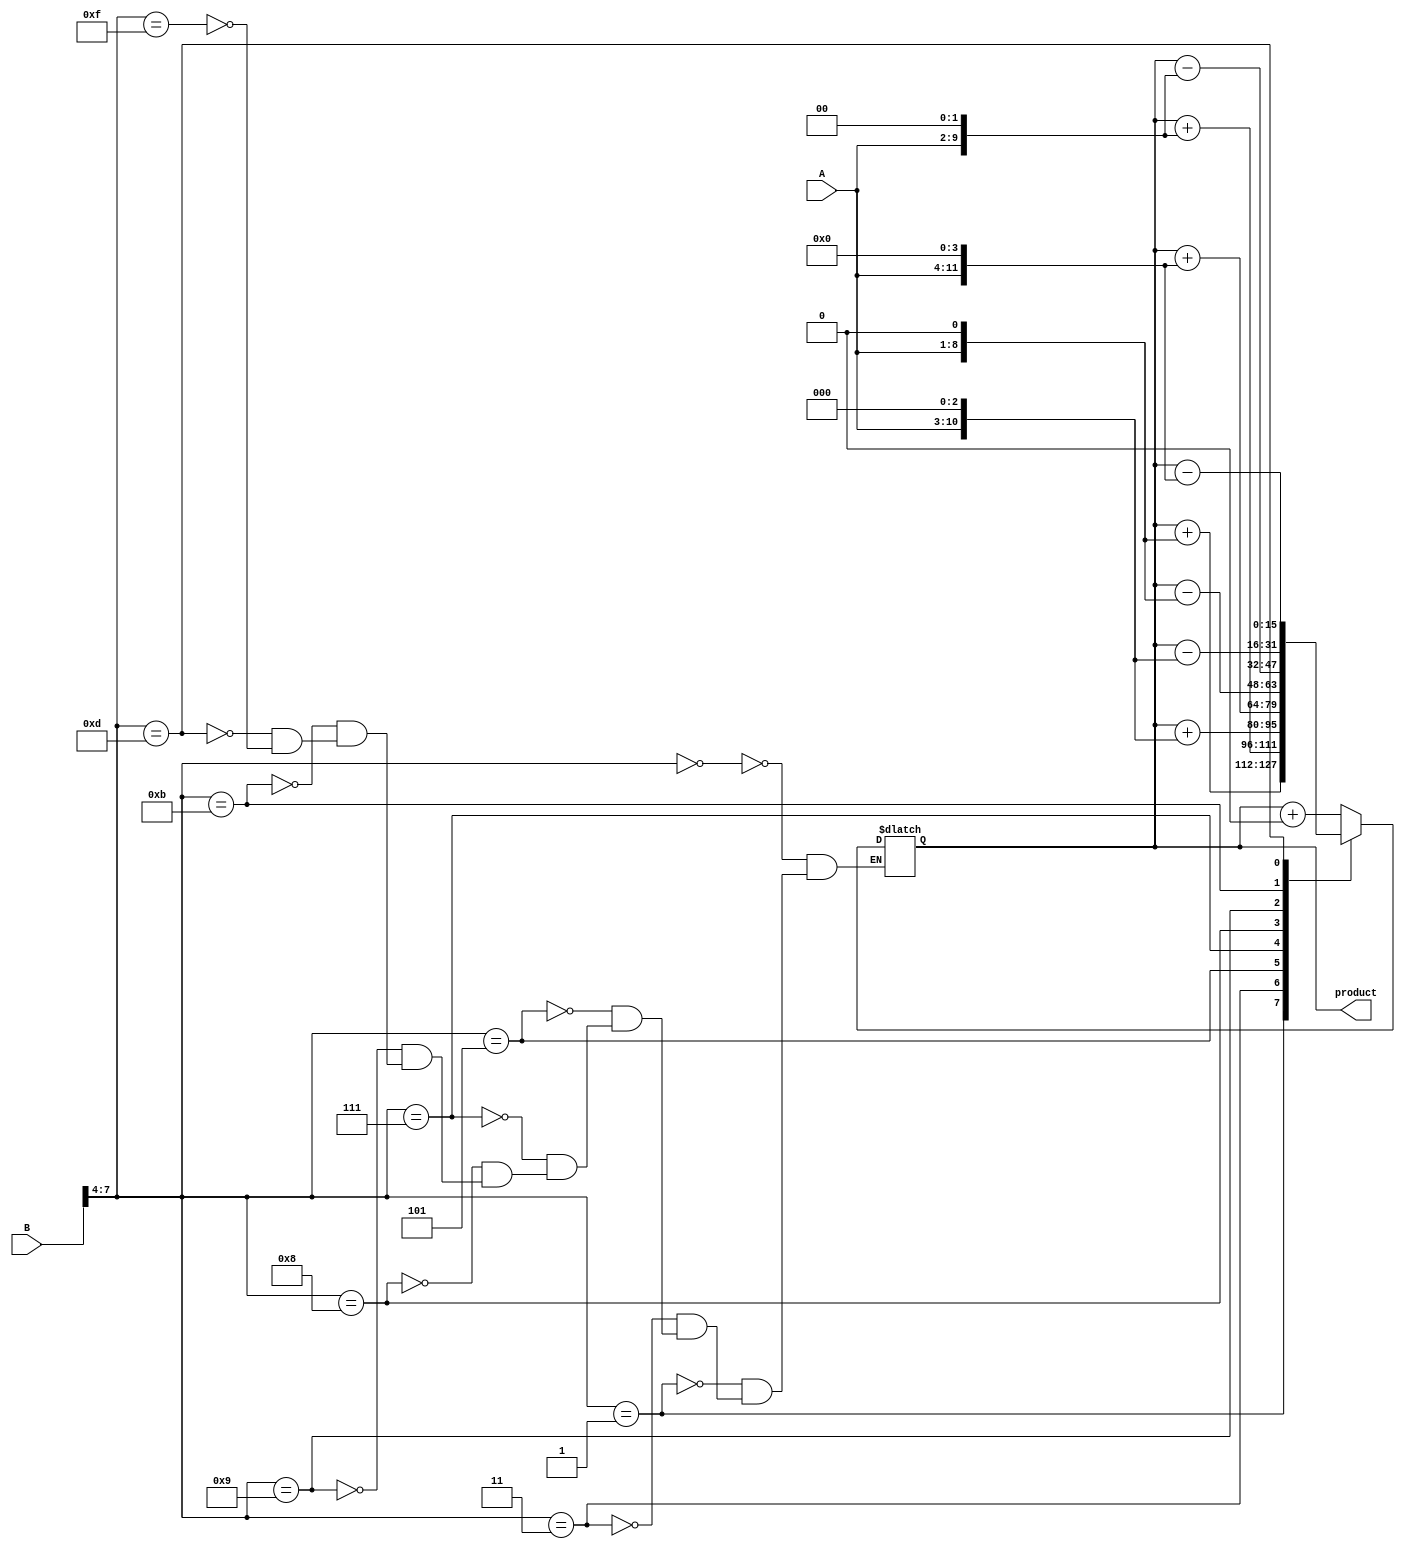
module booth_multiplier(
    input [7:0] A,
    input [7:0] B,
    output reg [15:0] product
);

reg [15:0] partial_product;
reg [3:0] multiplier;
reg [15:0] result;
reg [15:0] product_reg;

initial begin
    partial_product = 16'b0;
    multiplier = 4'b0;
    result = 16'b0;
    product_reg = 16'b0;
end

always @* begin
    // Partial Product Generation
    partial_product = A << 1;
    
    // Booth Encoder
    case(multiplier)
        4'b0000: result = result + 0;
        4'b0001: result = result + partial_product;
        4'b0011: result = result + (partial_product << 1);
        4'b0101: result = result + (partial_product << 2);
        4'b0111: result = result + (partial_product << 3);
        4'b1000: result = result - partial_product;
        4'b1001: result = result - (partial_product << 1);
        4'b1011: result = result - (partial_product << 2);
        4'b1101: result = result - (partial_product << 3);
        4'b1111: result = result + 0;
    endcase
end

always @* begin
    // Booth Encoder
    if(B[7] == 1 && multiplier[3] == 0) begin
        multiplier = multiplier + 1;
    end else if(B[7] == 0 && multiplier[3] == 1) begin
        multiplier = multiplier - 1;
    end
    multiplier = {B[7], B[6], B[5], B[4]};
end

always @* begin
    // Product Register
    product_reg = result;
end

assign product = product_reg;

endmodule